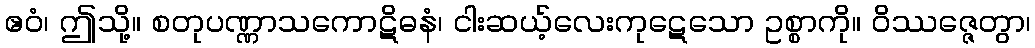
ဧဝံ၊ ဤသို့။ စတုပဏ္ဏာသကောဋိဓနံ၊ ငါးဆယ့်လေးကုဋေသော ဥစ္စာကို။ ဝိဿဇ္ဇေတွာ၊